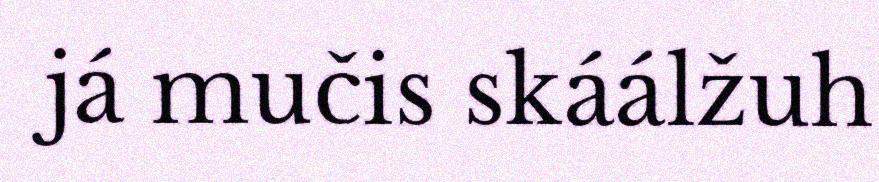
já mučis skáálžuh